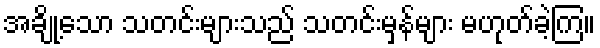
အချို့သော သတင်းများသည် သတင်းမှန်များ မဟုတ်ခဲ့ကြ။